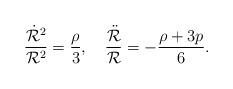
LaTeX: \begin{align*}\frac{\dot {\cal R}^2}{{\cal R}^2} = \frac{\rho}{3},~~~ \frac{\ddot {\cal R}}{{\cal R}}=-\frac{\rho+3p}{6}.\end{align*}